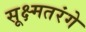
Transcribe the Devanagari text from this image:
सूक्ष्मतरंगे